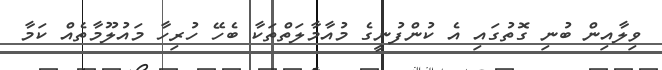
ވިލާއިން ބުނި ގޮތުގައި އެ ކުންފުނީގެ މުއާމާލަތްތަކާ ބެހޭ ހުރިހާ މައުލޫމާތެއް ކަމާ